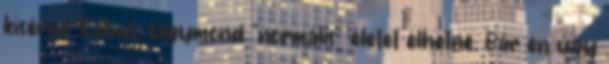
kísérné Sebyt. Úgymond "normális" életet élhetne. Bár én úgy